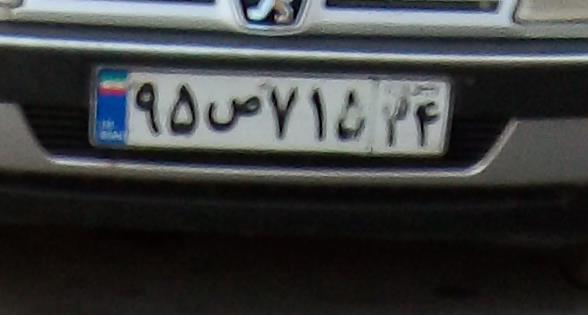
۹۵ص۷۱۵۳۴